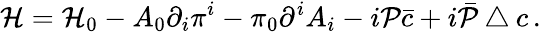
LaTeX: {\cal H}={\cal H}_{0}-A_{0}\partial_{i}\pi^{i}-\pi_{0}\partial^{i}A_{i}-i{\cal P}\bar{c}+i\bar{\cal P}\bigtriangleup c\, .